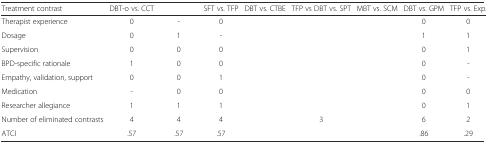
<table><thead><tr><td><b>Treatment contrast</b></td><td><b>DBT-o vs. CCT</b></td><td>[EMPTY_CELL]</td><td><b>SFT vs. TFP</b></td><td><b>DBT vs. CTBE</b></td><td><b>TFP vs DBT vs. SPT</b></td><td><b>MBT vs. SCM</b></td><td><b>DBT vs. GPM</b></td><td><b>TFP vs. Exp.</b></td></tr></thead><tbody><tr><td>Therapist experience</td><td>0</td><td>-</td><td>0</td><td>[EMPTY_CELL]</td><td>[EMPTY_CELL]</td><td>[EMPTY_CELL]</td><td>0</td><td>0</td></tr><tr><td>Dosage</td><td>0</td><td>1</td><td>-</td><td>[EMPTY_CELL]</td><td>[EMPTY_CELL]</td><td>[EMPTY_CELL]</td><td>1</td><td>1</td></tr><tr><td>Supervision</td><td>0</td><td>0</td><td>0</td><td>[EMPTY_CELL]</td><td>[EMPTY_CELL]</td><td>[EMPTY_CELL]</td><td>0</td><td>1</td></tr><tr><td>BPD-specific rationale</td><td>1</td><td>0</td><td>0</td><td>[EMPTY_CELL]</td><td>[EMPTY_CELL]</td><td>[EMPTY_CELL]</td><td>0</td><td>-</td></tr><tr><td>Empathy, validation, support</td><td>0</td><td>0</td><td>1</td><td>[EMPTY_CELL]</td><td>[EMPTY_CELL]</td><td>[EMPTY_CELL]</td><td>0</td><td>-</td></tr><tr><td>Medication</td><td>-</td><td>0</td><td>0</td><td>[EMPTY_CELL]</td><td>[EMPTY_CELL]</td><td>[EMPTY_CELL]</td><td>0</td><td>0</td></tr><tr><td>Researcher allegiance</td><td>1</td><td>1</td><td>1</td><td>[EMPTY_CELL]</td><td>[EMPTY_CELL]</td><td>[EMPTY_CELL]</td><td>0</td><td>1</td></tr><tr><td>Number of eliminated contrasts</td><td>4</td><td>4</td><td>4</td><td>[EMPTY_CELL]</td><td>3</td><td>[EMPTY_CELL]</td><td>6</td><td>2</td></tr><tr><td>ATCI</td><td>.57</td><td>.57</td><td>.57</td><td>[EMPTY_CELL]</td><td>[EMPTY_CELL]</td><td>[EMPTY_CELL]</td><td>.86</td><td>.29</td></tr></tbody></table>